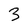
Character: 3